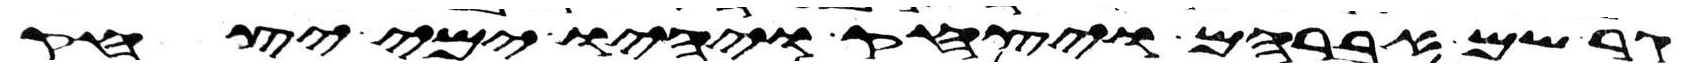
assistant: גר שם אברהם ויצחק ויהיו ימי יצחק